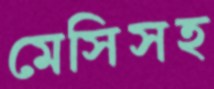
মেসিসহ